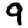
Digit: 9